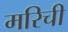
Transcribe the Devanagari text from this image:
मरिची